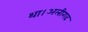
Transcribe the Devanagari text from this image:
था।अलीगढ